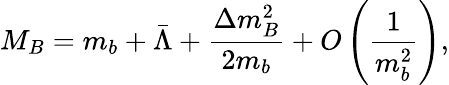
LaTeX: M_{B}=m_{b}+\bar{\Lambda}+\frac{\Delta m_{B}^{2}}{2m_{b}}+O\left(\frac{1}{m_{b}^{2}}\right),